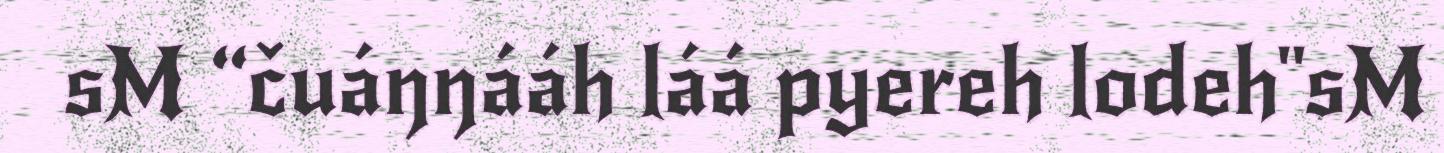
sM “čuáŋŋááh láá pyereh lodeh"sM